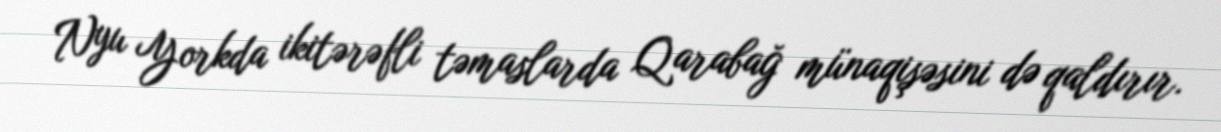
Nyu Yorkda ikitərəfli təmaslarda Qarabağ münaqişəsini də qaldırır.